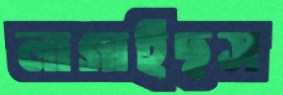
লাগাইছস